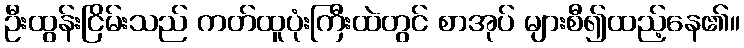
ဦးထွန်းငြိမ်းသည် ကတ်ထူပုံးကြီးထဲတွင် စာအုပ် များစီ၍ထည့်နေ၏။